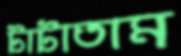
টাটাতাম